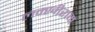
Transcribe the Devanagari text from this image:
लक्खीराम